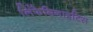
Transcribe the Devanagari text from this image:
लिंफेडिनाइटिस